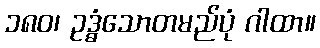
၁၈၀၊ ဥဒ္ဓံသောတမည်ပုံ ဂါထာ။